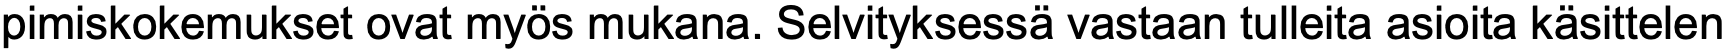
pimiskokemukset ovat myös mukana. Selvityksessä vastaan tulleita asioita käsittelen